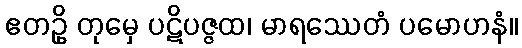
ဧတဥှိ တုမှေ ပဋိပဇ္ဇထ၊ မာရဿေတံ ပမောဟနံ။